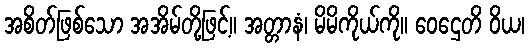
အစိတ်ဖြစ်သော အအိမ်တို့ဖြင့်။ အတ္တာနံ၊ မိမိကိုယ်ကို။ ဝေဌေတိ ဝိယ၊